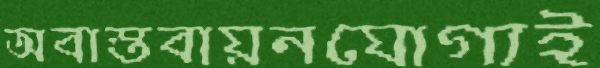
অবাস্তবায়নযোগ্যই